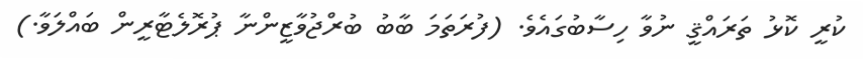
ކުރީ ކޮޅު ތަރައްޤީ ނުވާ ހިސާބުގައެވެ. (ފުރަތަމަ ބާބު ބުރްޖުވާޒީންނާ ޕުރޮލެޓާރީން ބައްލަވާ.)